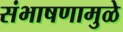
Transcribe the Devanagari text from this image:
संभाषणामुळे